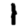
Digit: 1